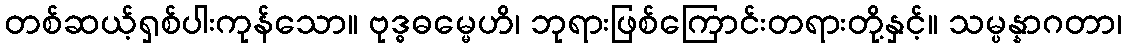
တစ်ဆယ့်ရှစ်ပါးကုန်သော။ ဗုဒ္ဓဓမ္မေဟိ၊ ဘုရားဖြစ်ကြောင်းတရားတို့နှင့်။ သမ္ပန္နာဂတာ၊